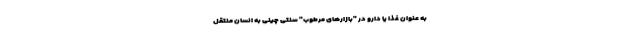
به عنوان غذا یا دارو در "بازارهای مرطوب" سنتی چینی به انسان منتقل